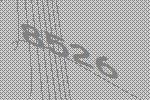
8526